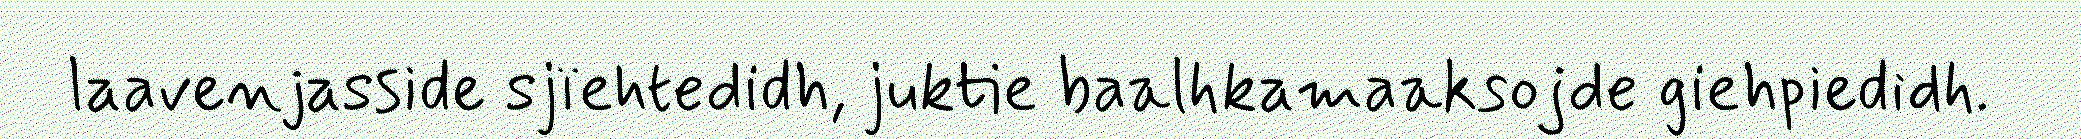
laavenjasside sjïehtedidh, juktie baalhkamaaksojde giehpiedidh.